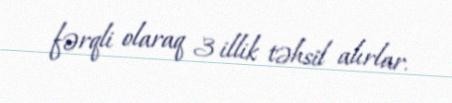
fərqli olaraq 3 illik təhsil alırlar.